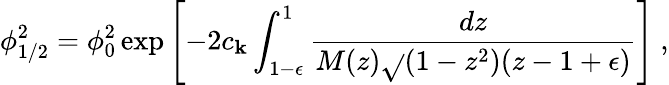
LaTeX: \phi_{1/2}^{2}=\phi_{0}^{2}\exp\left[-2c_{\mathbf{k}}\int_{1-\epsilon}^{1}{\frac{{dz}}{{M(z)\sqrt{}{{(1-z^{2})(z-1+\epsilon)}}}}}\right]\ ,